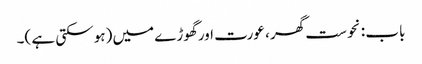
باب : نحوست گھر ، عورت اور گھوڑے میں (ہو سکتی ہے )۔